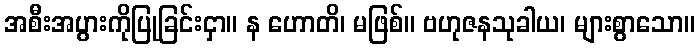
အစီးအပွားကိုပြုခြင်းငှာ။ န ဟောတိ၊ မဖြစ်။ ဗဟုဇနသုခါယ၊ များစွာသော။